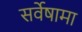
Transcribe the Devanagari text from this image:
सर्वेषामा